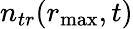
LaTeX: n_{tr}(r_{\operatorname*{max}},t)